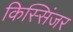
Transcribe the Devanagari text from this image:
किस्सिंजर